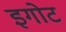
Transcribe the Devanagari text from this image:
इगोट